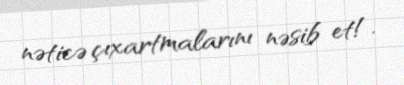
nəticə çıxartmalarını nəsib et!.